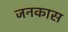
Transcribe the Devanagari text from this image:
जनकास